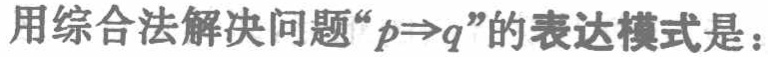
用综合法解决问题“\(p\Rightarrow q\)”的表达模式是：